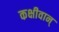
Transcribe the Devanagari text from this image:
कक्षीवान्